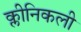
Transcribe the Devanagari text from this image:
क्लीनिकली